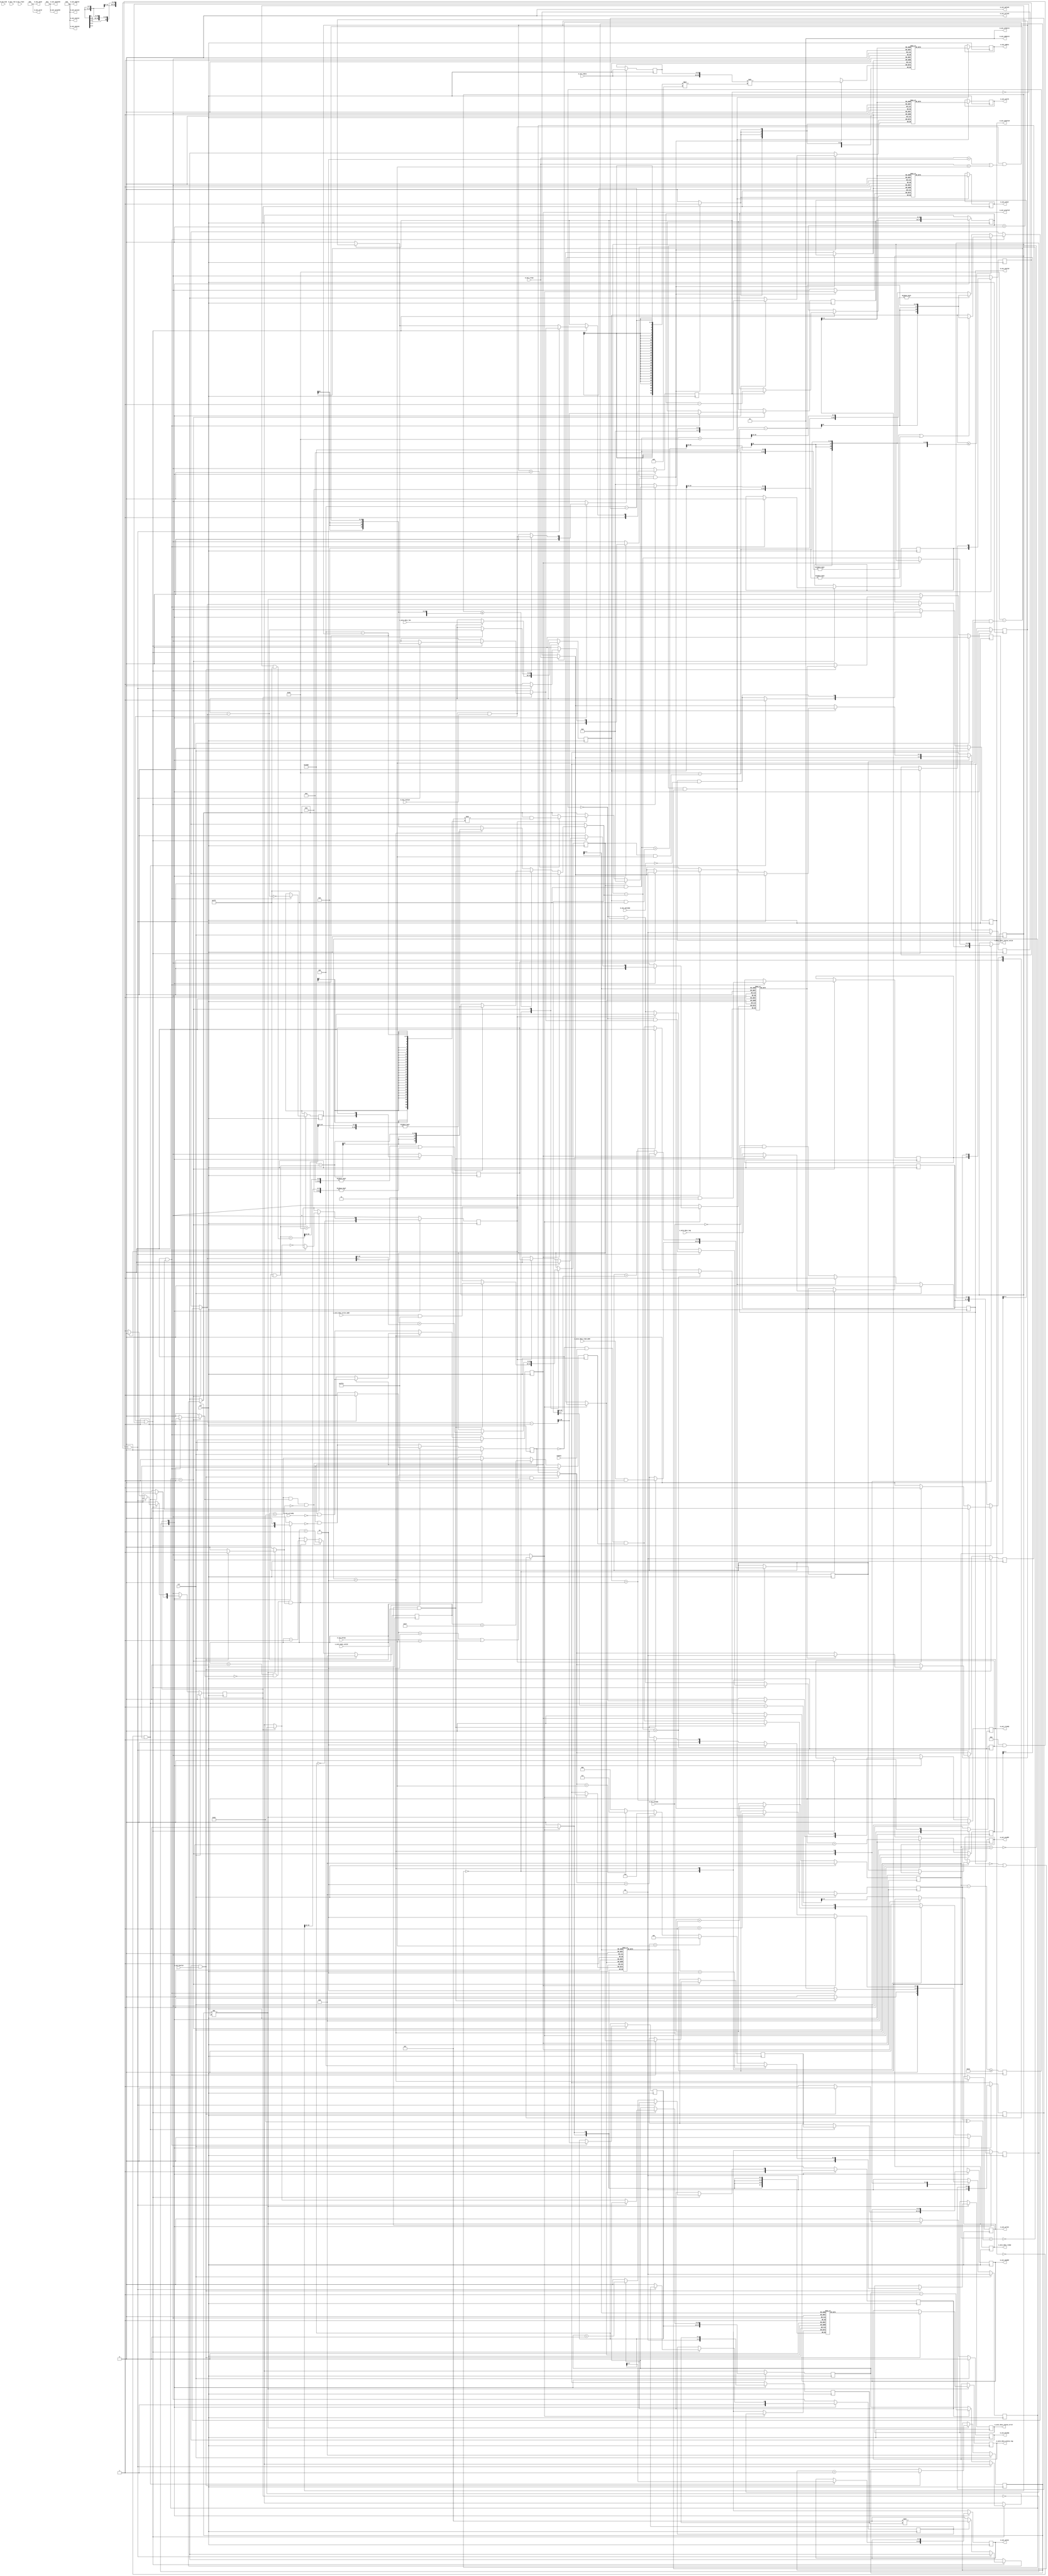
/*

Copyright (c) 2018 Alex Forencich

Permission is hereby granted, free of charge, to any person obtaining a copy
of this software and associated documentation files (the "Software"), to deal
in the Software without restriction, including without limitation the rights
to use, copy, modify, merge, publish, distribute, sublicense, and/or sell
copies of the Software, and to permit persons to whom the Software is
furnished to do so, subject to the following conditions:

The above copyright notice and this permission notice shall be included in
all copies or substantial portions of the Software.

THE SOFTWARE IS PROVIDED "AS IS", WITHOUT WARRANTY OF ANY KIND, EXPRESS OR
IMPLIED, INCLUDING BUT NOT LIMITED TO THE WARRANTIES OF MERCHANTABILITY
FITNESS FOR A PARTICULAR PURPOSE AND NONINFRINGEMENT. IN NO EVENT SHALL THE
AUTHORS OR COPYRIGHT HOLDERS BE LIABLE FOR ANY CLAIM, DAMAGES OR OTHER
LIABILITY, WHETHER IN AN ACTION OF CONTRACT, TORT OR OTHERWISE, ARISING FROM,
OUT OF OR IN CONNECTION WITH THE SOFTWARE OR THE USE OR OTHER DEALINGS IN
THE SOFTWARE.

*/

// Language: Verilog 2001

`resetall
`timescale 1ns / 1ps
`default_nettype none

/*
 * AXI4 Central DMA
 */
module axi_cdma #
(
    parameter IP_TYPE 		= "CDMA1",
	parameter IP_VERSION 	= 32'h1, 
	parameter IP_ID 		= 32'h2591446,
    
    // Width of data bus in bits
    parameter AXI_DATA_WIDTH = 32,
    // Width of address bus in bits
    parameter AXI_ADDR_WIDTH = 16,
    // Width of wstrb (width of data bus in words)
    parameter AXI_STRB_WIDTH = (AXI_DATA_WIDTH/8),
    // Width of AXI ID signal
    parameter AXI_ID_WIDTH = 8,
    // Maximum AXI burst length to generate
    parameter AXI_MAX_BURST_LEN = 16,
    // Width of length field
    parameter LEN_WIDTH = 20,
    // Width of tag field
    parameter TAG_WIDTH = 8,
    // Enable support for unaligned transfers
    parameter ENABLE_UNALIGNED = 0
)
(
    input  wire                       clk,
    input  wire                       rst,

    /*
     * AXI descriptor input
     */
    input  wire [AXI_ADDR_WIDTH-1:0]  s_axis_desc_read_addr,
    input  wire [AXI_ADDR_WIDTH-1:0]  s_axis_desc_write_addr,
    input  wire [LEN_WIDTH-1:0]       s_axis_desc_len,
    input  wire [TAG_WIDTH-1:0]       s_axis_desc_tag,
    input  wire                       s_axis_desc_valid,
    output wire                       s_axis_desc_ready,

    /*
     * AXI descriptor status output
     */
    output wire [TAG_WIDTH-1:0]       m_axis_desc_status_tag,
    output wire [3:0]                 m_axis_desc_status_error,
    output wire                       m_axis_desc_status_valid,

    /*
     * AXI write master interface
     */
    output wire [AXI_ID_WIDTH-1:0]    m_axi_awid,
    output wire [AXI_ADDR_WIDTH-1:0]  m_axi_awaddr,
    output wire [7:0]                 m_axi_awlen,
    output wire [2:0]                 m_axi_awsize,
    output wire [1:0]                 m_axi_awburst,
    output wire                       m_axi_awlock,
    output wire [3:0]                 m_axi_awcache,
    output wire [2:0]                 m_axi_awprot,
    output wire                       m_axi_awvalid,
    input  wire                       m_axi_awready,
    output wire [AXI_DATA_WIDTH-1:0]  m_axi_wdata,
    output wire [AXI_STRB_WIDTH-1:0]  m_axi_wstrb,
    output wire                       m_axi_wlast,
    output wire                       m_axi_wvalid,
    input  wire                       m_axi_wready,
    input  wire [AXI_ID_WIDTH-1:0]    m_axi_bid,
    input  wire [1:0]                 m_axi_bresp,
    input  wire                       m_axi_bvalid,
    output wire                       m_axi_bready,

    /*
     * AXI read master interface
     */
    output wire [AXI_ID_WIDTH-1:0]    m_axi_arid,
    output wire [AXI_ADDR_WIDTH-1:0]  m_axi_araddr,
    output wire [7:0]                 m_axi_arlen,
    output wire [2:0]                 m_axi_arsize,
    output wire [1:0]                 m_axi_arburst,
    output wire                       m_axi_arlock,
    output wire [3:0]                 m_axi_arcache,
    output wire [2:0]                 m_axi_arprot,
    output wire                       m_axi_arvalid,
    input  wire                       m_axi_arready,
    input  wire [AXI_ID_WIDTH-1:0]    m_axi_rid,
    input  wire [AXI_DATA_WIDTH-1:0]  m_axi_rdata,
    input  wire [1:0]                 m_axi_rresp,
    input  wire                       m_axi_rlast,
    input  wire                       m_axi_rvalid,
    output wire                       m_axi_rready,

    /*
     * Configuration
     */
    input  wire                       enable
);

parameter AXI_WORD_WIDTH = AXI_STRB_WIDTH;
parameter AXI_WORD_SIZE = AXI_DATA_WIDTH/AXI_WORD_WIDTH;
parameter AXI_BURST_SIZE = $clog2(AXI_STRB_WIDTH);
parameter AXI_MAX_BURST_SIZE = AXI_MAX_BURST_LEN << AXI_BURST_SIZE;

parameter OFFSET_WIDTH = AXI_STRB_WIDTH > 1 ? $clog2(AXI_STRB_WIDTH) : 1;
parameter OFFSET_MASK = AXI_STRB_WIDTH > 1 ? {OFFSET_WIDTH{1'b1}} : 0;
parameter ADDR_MASK = {AXI_ADDR_WIDTH{1'b1}} << $clog2(AXI_STRB_WIDTH);
parameter CYCLE_COUNT_WIDTH = LEN_WIDTH - AXI_BURST_SIZE + 1;

parameter STATUS_FIFO_ADDR_WIDTH = 5;
parameter OUTPUT_FIFO_ADDR_WIDTH = 5;

// bus width assertions
initial begin
    if (AXI_WORD_SIZE * AXI_STRB_WIDTH != AXI_DATA_WIDTH) begin
        $error("Error: AXI data width not evenly divisble (instance %m)");
        $finish;
    end

    if (2**$clog2(AXI_WORD_WIDTH) != AXI_WORD_WIDTH) begin
        $error("Error: AXI word width must be even power of two (instance %m)");
        $finish;
    end

    if (AXI_MAX_BURST_LEN < 1 || AXI_MAX_BURST_LEN > 256) begin
        $error("Error: AXI_MAX_BURST_LEN must be between 1 and 256 (instance %m)");
        $finish;
    end
end

localparam [1:0]
    AXI_RESP_OKAY = 2'b00,
    AXI_RESP_EXOKAY = 2'b01,
    AXI_RESP_SLVERR = 2'b10,
    AXI_RESP_DECERR = 2'b11;

localparam [3:0]
    DMA_ERROR_NONE = 4'd0,
    DMA_ERROR_TIMEOUT = 4'd1,
    DMA_ERROR_PARITY = 4'd2,
    DMA_ERROR_AXI_RD_SLVERR = 4'd4,
    DMA_ERROR_AXI_RD_DECERR = 4'd5,
    DMA_ERROR_AXI_WR_SLVERR = 4'd6,
    DMA_ERROR_AXI_WR_DECERR = 4'd7,
    DMA_ERROR_PCIE_FLR = 4'd8,
    DMA_ERROR_PCIE_CPL_POISONED = 4'd9,
    DMA_ERROR_PCIE_CPL_STATUS_UR = 4'd10,
    DMA_ERROR_PCIE_CPL_STATUS_CA = 4'd11;

localparam [1:0]
    READ_STATE_IDLE = 2'd0,
    READ_STATE_START = 2'd1,
    READ_STATE_REQ = 2'd2;

reg [1:0] read_state_reg = READ_STATE_IDLE, read_state_next;

localparam [0:0]
    AXI_STATE_IDLE = 1'd0,
    AXI_STATE_WRITE = 1'd1;

reg [0:0] axi_state_reg = AXI_STATE_IDLE, axi_state_next;

// datapath control signals
reg transfer_in_save;
reg axi_cmd_ready;
reg status_fifo_we;

reg [AXI_ADDR_WIDTH-1:0] read_addr_reg = {AXI_ADDR_WIDTH{1'b0}}, read_addr_next;
reg [AXI_ADDR_WIDTH-1:0] write_addr_reg = {AXI_ADDR_WIDTH{1'b0}}, write_addr_next;
reg [LEN_WIDTH-1:0] op_word_count_reg = {LEN_WIDTH{1'b0}}, op_word_count_next;
reg [LEN_WIDTH-1:0] tr_word_count_reg = {LEN_WIDTH{1'b0}}, tr_word_count_next;
reg [LEN_WIDTH-1:0] axi_word_count_reg = {LEN_WIDTH{1'b0}}, axi_word_count_next;

reg [AXI_ADDR_WIDTH-1:0] axi_cmd_addr_reg = {AXI_ADDR_WIDTH{1'b0}}, axi_cmd_addr_next;
reg [OFFSET_WIDTH-1:0] axi_cmd_offset_reg = {OFFSET_WIDTH{1'b0}}, axi_cmd_offset_next;
reg [OFFSET_WIDTH-1:0] axi_cmd_first_cycle_offset_reg = {OFFSET_WIDTH{1'b0}}, axi_cmd_first_cycle_offset_next;
reg [OFFSET_WIDTH-1:0] axi_cmd_last_cycle_offset_reg = {OFFSET_WIDTH{1'b0}}, axi_cmd_last_cycle_offset_next;
reg [CYCLE_COUNT_WIDTH-1:0] axi_cmd_input_cycle_count_reg = {CYCLE_COUNT_WIDTH{1'b0}}, axi_cmd_input_cycle_count_next;
reg [CYCLE_COUNT_WIDTH-1:0] axi_cmd_output_cycle_count_reg = {CYCLE_COUNT_WIDTH{1'b0}}, axi_cmd_output_cycle_count_next;
reg axi_cmd_bubble_cycle_reg = 1'b0, axi_cmd_bubble_cycle_next;
reg axi_cmd_last_transfer_reg = 1'b0, axi_cmd_last_transfer_next;
reg [TAG_WIDTH-1:0] axi_cmd_tag_reg = {TAG_WIDTH{1'b0}}, axi_cmd_tag_next;
reg axi_cmd_valid_reg = 1'b0, axi_cmd_valid_next;

reg [OFFSET_WIDTH-1:0] offset_reg = {OFFSET_WIDTH{1'b0}}, offset_next;
reg [OFFSET_WIDTH-1:0] first_cycle_offset_reg = {OFFSET_WIDTH{1'b0}}, first_cycle_offset_next;
reg [OFFSET_WIDTH-1:0] last_cycle_offset_reg = {OFFSET_WIDTH{1'b0}}, last_cycle_offset_next;
reg [CYCLE_COUNT_WIDTH-1:0] input_cycle_count_reg = {CYCLE_COUNT_WIDTH{1'b0}}, input_cycle_count_next;
reg [CYCLE_COUNT_WIDTH-1:0] output_cycle_count_reg = {CYCLE_COUNT_WIDTH{1'b0}}, output_cycle_count_next;
reg input_active_reg = 1'b0, input_active_next;
reg output_active_reg = 1'b0, output_active_next;
reg bubble_cycle_reg = 1'b0, bubble_cycle_next;
reg first_input_cycle_reg = 1'b0, first_input_cycle_next;
reg first_output_cycle_reg = 1'b0, first_output_cycle_next;
reg output_last_cycle_reg = 1'b0, output_last_cycle_next;
reg last_transfer_reg = 1'b0, last_transfer_next;
reg [1:0] rresp_reg = AXI_RESP_OKAY, rresp_next;
reg [1:0] bresp_reg = AXI_RESP_OKAY, bresp_next;

reg [TAG_WIDTH-1:0] tag_reg = {TAG_WIDTH{1'b0}}, tag_next;

reg [STATUS_FIFO_ADDR_WIDTH+1-1:0] status_fifo_wr_ptr_reg = 0;
reg [STATUS_FIFO_ADDR_WIDTH+1-1:0] status_fifo_rd_ptr_reg = 0, status_fifo_rd_ptr_next;
reg [TAG_WIDTH-1:0] status_fifo_tag[(2**STATUS_FIFO_ADDR_WIDTH)-1:0];
reg [1:0] status_fifo_resp[(2**STATUS_FIFO_ADDR_WIDTH)-1:0];
reg status_fifo_last[(2**STATUS_FIFO_ADDR_WIDTH)-1:0];
reg [TAG_WIDTH-1:0] status_fifo_wr_tag;
reg [1:0] status_fifo_wr_resp;
reg status_fifo_wr_last;

reg [STATUS_FIFO_ADDR_WIDTH+1-1:0] active_count_reg = 0;
reg active_count_av_reg = 1'b1;
reg inc_active;
reg dec_active;

reg s_axis_desc_ready_reg = 1'b0, s_axis_desc_ready_next;

reg [TAG_WIDTH-1:0] m_axis_desc_status_tag_reg = {TAG_WIDTH{1'b0}}, m_axis_desc_status_tag_next;
reg [3:0] m_axis_desc_status_error_reg = 4'd0, m_axis_desc_status_error_next;
reg m_axis_desc_status_valid_reg = 1'b0, m_axis_desc_status_valid_next;

reg [AXI_ADDR_WIDTH-1:0] m_axi_araddr_reg = {AXI_ADDR_WIDTH{1'b0}}, m_axi_araddr_next;
reg [7:0] m_axi_arlen_reg = 8'd0, m_axi_arlen_next;
reg m_axi_arvalid_reg = 1'b0, m_axi_arvalid_next;
reg m_axi_rready_reg = 1'b0, m_axi_rready_next;

reg [AXI_ADDR_WIDTH-1:0] m_axi_awaddr_reg = {AXI_ADDR_WIDTH{1'b0}}, m_axi_awaddr_next;
reg [7:0] m_axi_awlen_reg = 8'd0, m_axi_awlen_next;
reg m_axi_awvalid_reg = 1'b0, m_axi_awvalid_next;
reg m_axi_bready_reg = 1'b0, m_axi_bready_next;

reg [AXI_DATA_WIDTH-1:0] save_axi_rdata_reg = {AXI_DATA_WIDTH{1'b0}};

wire [AXI_DATA_WIDTH-1:0] shift_axi_rdata = {m_axi_rdata, save_axi_rdata_reg} >> ((AXI_STRB_WIDTH-offset_reg)*AXI_WORD_SIZE);

// internal datapath
reg  [AXI_DATA_WIDTH-1:0] m_axi_wdata_int;
reg  [AXI_STRB_WIDTH-1:0] m_axi_wstrb_int;
reg                       m_axi_wlast_int;
reg                       m_axi_wvalid_int;
wire                      m_axi_wready_int;

assign s_axis_desc_ready = s_axis_desc_ready_reg;

assign m_axis_desc_status_tag = m_axis_desc_status_tag_reg;
assign m_axis_desc_status_error = m_axis_desc_status_error_reg;
assign m_axis_desc_status_valid = m_axis_desc_status_valid_reg;

assign m_axi_arid = {AXI_ID_WIDTH{1'b0}};
assign m_axi_araddr = m_axi_araddr_reg;
assign m_axi_arlen = m_axi_arlen_reg;
assign m_axi_arsize = AXI_BURST_SIZE;
assign m_axi_arburst = 2'b01;
assign m_axi_arlock = 1'b0;
assign m_axi_arcache = 4'b0011;
assign m_axi_arprot = 3'b010;
assign m_axi_arvalid = m_axi_arvalid_reg;
assign m_axi_rready = m_axi_rready_reg;

assign m_axi_awid = {AXI_ID_WIDTH{1'b0}};
assign m_axi_awaddr = m_axi_awaddr_reg;
assign m_axi_awlen = m_axi_awlen_reg;
assign m_axi_awsize = AXI_BURST_SIZE;
assign m_axi_awburst = 2'b01;
assign m_axi_awlock = 1'b0;
assign m_axi_awcache = 4'b0011;
assign m_axi_awprot = 3'b010;
assign m_axi_awvalid = m_axi_awvalid_reg;
assign m_axi_bready = m_axi_bready_reg;

always @* begin
    read_state_next = READ_STATE_IDLE;

    s_axis_desc_ready_next = 1'b0;

    m_axi_araddr_next = m_axi_araddr_reg;
    m_axi_arlen_next = m_axi_arlen_reg;
    m_axi_arvalid_next = m_axi_arvalid_reg && !m_axi_arready;

    read_addr_next = read_addr_reg;
    write_addr_next = write_addr_reg;
    op_word_count_next = op_word_count_reg;
    tr_word_count_next = tr_word_count_reg;
    axi_word_count_next = axi_word_count_reg;

    axi_cmd_addr_next = axi_cmd_addr_reg;
    axi_cmd_offset_next = axi_cmd_offset_reg;
    axi_cmd_first_cycle_offset_next = axi_cmd_first_cycle_offset_reg;
    axi_cmd_last_cycle_offset_next = axi_cmd_last_cycle_offset_reg;
    axi_cmd_input_cycle_count_next = axi_cmd_input_cycle_count_reg;
    axi_cmd_output_cycle_count_next = axi_cmd_output_cycle_count_reg;
    axi_cmd_bubble_cycle_next = axi_cmd_bubble_cycle_reg;
    axi_cmd_last_transfer_next = axi_cmd_last_transfer_reg;
    axi_cmd_tag_next = axi_cmd_tag_reg;
    axi_cmd_valid_next = axi_cmd_valid_reg && !axi_cmd_ready;

    inc_active = 1'b0;

    case (read_state_reg)
        READ_STATE_IDLE: begin
            // idle state - load new descriptor to start operation
            s_axis_desc_ready_next = !axi_cmd_valid_reg && enable && active_count_av_reg;

            if (s_axis_desc_ready && s_axis_desc_valid) begin
                if (ENABLE_UNALIGNED) begin
                    read_addr_next = s_axis_desc_read_addr;
                    write_addr_next = s_axis_desc_write_addr;
                end else begin
                    read_addr_next = s_axis_desc_read_addr & ADDR_MASK;
                    write_addr_next = s_axis_desc_write_addr & ADDR_MASK;
                end
                axi_cmd_tag_next = s_axis_desc_tag;
                op_word_count_next = s_axis_desc_len;

                s_axis_desc_ready_next = 1'b0;
                read_state_next = READ_STATE_START;
            end else begin
                read_state_next = READ_STATE_IDLE;
            end
        end
        READ_STATE_START: begin
            // start state - compute write length
            if (!axi_cmd_valid_reg && active_count_av_reg) begin
                if (op_word_count_reg <= AXI_MAX_BURST_SIZE - (write_addr_reg & OFFSET_MASK)) begin
                    // packet smaller than max burst size
                    if (((write_addr_reg & 12'hfff) + (op_word_count_reg & 12'hfff)) >> 12 != 0 || op_word_count_reg >> 12 != 0) begin
                        // crosses 4k boundary
                        axi_word_count_next = 13'h1000 - (write_addr_reg & 12'hfff);
                    end else begin
                        // does not cross 4k boundary
                        axi_word_count_next = op_word_count_reg;
                    end
                end else begin
                    // packet larger than max burst size
                    if (((write_addr_reg & 12'hfff) + AXI_MAX_BURST_SIZE) >> 12 != 0) begin
                        // crosses 4k boundary
                        axi_word_count_next = 13'h1000 - (write_addr_reg & 12'hfff);
                    end else begin
                        // does not cross 4k boundary
                        axi_word_count_next = AXI_MAX_BURST_SIZE - (write_addr_reg & OFFSET_MASK);
                    end
                end

                write_addr_next = write_addr_reg + axi_word_count_next;
                op_word_count_next = op_word_count_reg - axi_word_count_next;

                axi_cmd_addr_next = write_addr_reg;
                if (ENABLE_UNALIGNED) begin
                    axi_cmd_input_cycle_count_next = (axi_word_count_next + (read_addr_reg & OFFSET_MASK) - 1) >> AXI_BURST_SIZE;
                    axi_cmd_output_cycle_count_next = (axi_word_count_next + (write_addr_reg & OFFSET_MASK) - 1) >> AXI_BURST_SIZE;
                    axi_cmd_offset_next = (write_addr_reg & OFFSET_MASK) - (read_addr_reg & OFFSET_MASK);
                    axi_cmd_bubble_cycle_next = (read_addr_reg & OFFSET_MASK) > (write_addr_reg & OFFSET_MASK);
                    axi_cmd_first_cycle_offset_next = write_addr_reg & OFFSET_MASK;
                    axi_cmd_last_cycle_offset_next = axi_cmd_first_cycle_offset_next + axi_word_count_next & OFFSET_MASK;
                end else begin
                    axi_cmd_input_cycle_count_next = (axi_word_count_next - 1) >> AXI_BURST_SIZE;
                    axi_cmd_output_cycle_count_next = (axi_word_count_next - 1) >> AXI_BURST_SIZE;
                    axi_cmd_offset_next = 0;
                    axi_cmd_bubble_cycle_next = 0;
                    axi_cmd_first_cycle_offset_next = 0;
                    axi_cmd_last_cycle_offset_next = axi_word_count_next & OFFSET_MASK;
                end
                axi_cmd_last_transfer_next = op_word_count_next == 0;
                axi_cmd_valid_next = 1'b1;

                inc_active = 1'b1;

                read_state_next = READ_STATE_REQ;
            end else begin
                read_state_next = READ_STATE_START;
            end
        end
        READ_STATE_REQ: begin
            // request state - issue AXI read requests
            if (!m_axi_arvalid) begin
                if (axi_word_count_reg <= AXI_MAX_BURST_SIZE - (read_addr_reg & OFFSET_MASK)) begin
                    // packet smaller than max burst size
                    if (((read_addr_reg & 12'hfff) + (axi_word_count_reg & 12'hfff)) >> 12 != 0 || axi_word_count_reg >> 12 != 0) begin
                        // crosses 4k boundary
                        tr_word_count_next = 13'h1000 - (read_addr_reg & 12'hfff);
                    end else begin
                        // does not cross 4k boundary
                        tr_word_count_next = axi_word_count_reg;
                    end
                end else begin
                    // packet larger than max burst size
                    if (((read_addr_reg & 12'hfff) + AXI_MAX_BURST_SIZE) >> 12 != 0) begin
                        // crosses 4k boundary
                        tr_word_count_next = 13'h1000 - (read_addr_reg & 12'hfff);
                    end else begin
                        // does not cross 4k boundary
                        tr_word_count_next = AXI_MAX_BURST_SIZE - (read_addr_reg & OFFSET_MASK);
                    end
                end

                m_axi_araddr_next = read_addr_reg;
                if (ENABLE_UNALIGNED) begin
                    m_axi_arlen_next = (tr_word_count_next + (read_addr_reg & OFFSET_MASK) - 1) >> AXI_BURST_SIZE;
                end else begin
                    m_axi_arlen_next = (tr_word_count_next - 1) >> AXI_BURST_SIZE;
                end
                m_axi_arvalid_next = 1'b1;

                read_addr_next = read_addr_reg + tr_word_count_next;
                axi_word_count_next = axi_word_count_reg - tr_word_count_next;

                if (axi_word_count_next > 0) begin
                    read_state_next = READ_STATE_REQ;
                end else if (op_word_count_next > 0) begin
                    read_state_next = READ_STATE_START;
                end else begin
                    s_axis_desc_ready_next = !axi_cmd_valid_reg && enable && active_count_av_reg;
                    read_state_next = READ_STATE_IDLE;
                end
            end else begin
                read_state_next = READ_STATE_REQ;
            end
        end
    endcase
end

always @* begin
    axi_state_next = AXI_STATE_IDLE;

    m_axis_desc_status_tag_next = m_axis_desc_status_tag_reg;
    m_axis_desc_status_error_next = m_axis_desc_status_error_reg;
    m_axis_desc_status_valid_next = 1'b0;

    m_axi_awaddr_next = m_axi_awaddr_reg;
    m_axi_awlen_next = m_axi_awlen_reg;
    m_axi_awvalid_next = m_axi_awvalid_reg && !m_axi_awready;
    m_axi_wdata_int = shift_axi_rdata;
    m_axi_wstrb_int = {AXI_STRB_WIDTH{1'b0}};
    m_axi_wlast_int = 1'b0;
    m_axi_wvalid_int = 1'b0;
    m_axi_bready_next = 1'b0;

    m_axi_rready_next = 1'b0;

    transfer_in_save = 1'b0;
    axi_cmd_ready = 1'b0;
    status_fifo_we = 1'b0;

    offset_next = offset_reg;
    first_cycle_offset_next = first_cycle_offset_reg;
    last_cycle_offset_next = last_cycle_offset_reg;
    input_cycle_count_next = input_cycle_count_reg;
    output_cycle_count_next = output_cycle_count_reg;
    input_active_next = input_active_reg;
    output_active_next = output_active_reg;
    bubble_cycle_next = bubble_cycle_reg;
    first_input_cycle_next = first_input_cycle_reg;
    first_output_cycle_next = first_output_cycle_reg;
    output_last_cycle_next = output_last_cycle_reg;
    last_transfer_next = last_transfer_reg;

    tag_next = tag_reg;

    status_fifo_rd_ptr_next = status_fifo_rd_ptr_reg;

    dec_active = 1'b0;

    if (m_axi_rready && m_axi_rvalid && (m_axi_rresp == AXI_RESP_SLVERR || m_axi_rresp == AXI_RESP_DECERR)) begin
        rresp_next = m_axi_rresp;
    end else begin
        rresp_next = rresp_reg;
    end

    if (m_axi_bready && m_axi_bvalid && (m_axi_bresp == AXI_RESP_SLVERR || m_axi_bresp == AXI_RESP_DECERR)) begin
        bresp_next = m_axi_bresp;
    end else begin
        bresp_next = bresp_reg;
    end

    status_fifo_wr_tag = tag_reg;
    status_fifo_wr_resp = rresp_next;
    status_fifo_wr_last = 1'b0;

    case (axi_state_reg)
        AXI_STATE_IDLE: begin
            // idle state - load new descriptor to start operation
            m_axi_rready_next = 1'b0;

            // store transfer parameters
            if (ENABLE_UNALIGNED) begin
                offset_next = axi_cmd_offset_reg;
                first_cycle_offset_next = axi_cmd_first_cycle_offset_reg;
            end else begin
                offset_next = 0;
                first_cycle_offset_next = 0;
            end
            last_cycle_offset_next = axi_cmd_last_cycle_offset_reg;
            input_cycle_count_next = axi_cmd_input_cycle_count_reg;
            output_cycle_count_next = axi_cmd_output_cycle_count_reg;
            bubble_cycle_next = axi_cmd_bubble_cycle_reg;
            last_transfer_next = axi_cmd_last_transfer_reg;
            tag_next = axi_cmd_tag_reg;

            output_last_cycle_next = output_cycle_count_next == 0;
            input_active_next = 1'b1;
            output_active_next = 1'b1;
            first_input_cycle_next = 1'b1;
            first_output_cycle_next = 1'b1;

            if (!m_axi_awvalid && axi_cmd_valid_reg) begin
                axi_cmd_ready = 1'b1;

                m_axi_awaddr_next = axi_cmd_addr_reg;
                m_axi_awlen_next = axi_cmd_output_cycle_count_reg;
                m_axi_awvalid_next = 1'b1;

                m_axi_rready_next = m_axi_wready_int;
                axi_state_next = AXI_STATE_WRITE;
            end
        end
        AXI_STATE_WRITE: begin
            // handle AXI read data
            m_axi_rready_next = m_axi_wready_int && input_active_reg;

            if ((m_axi_rready && m_axi_rvalid) || !input_active_reg) begin
                // transfer in AXI read data
                transfer_in_save = m_axi_rready && m_axi_rvalid;

                if (ENABLE_UNALIGNED && first_input_cycle_reg && bubble_cycle_reg) begin
                    if (input_active_reg) begin
                        input_cycle_count_next = input_cycle_count_reg - 1;
                        input_active_next = input_cycle_count_reg > 0;
                    end
                    bubble_cycle_next = 1'b0;
                    first_input_cycle_next = 1'b0;

                    m_axi_rready_next = m_axi_wready_int && input_active_next;
                    axi_state_next = AXI_STATE_WRITE;
                end else begin
                    // update counters
                    if (input_active_reg) begin
                        input_cycle_count_next = input_cycle_count_reg - 1;
                        input_active_next = input_cycle_count_reg > 0;
                    end
                    if (output_active_reg) begin
                        output_cycle_count_next = output_cycle_count_reg - 1;
                        output_active_next = output_cycle_count_reg > 0;
                    end
                    output_last_cycle_next = output_cycle_count_next == 0;
                    bubble_cycle_next = 1'b0;
                    first_input_cycle_next = 1'b0;
                    first_output_cycle_next = 1'b0;

                    // pass through read data
                    m_axi_wdata_int = shift_axi_rdata;
                    if (first_output_cycle_reg) begin
                        m_axi_wstrb_int = {AXI_STRB_WIDTH{1'b1}} << first_cycle_offset_reg;
                    end else begin
                        m_axi_wstrb_int = {AXI_STRB_WIDTH{1'b1}};
                    end
                    m_axi_wvalid_int = 1'b1;

                    if (output_last_cycle_reg) begin
                        // no more data to transfer, finish operation
                        if (last_cycle_offset_reg > 0) begin
                            m_axi_wstrb_int = m_axi_wstrb_int & {AXI_STRB_WIDTH{1'b1}} >> (AXI_STRB_WIDTH - last_cycle_offset_reg);
                        end
                        m_axi_wlast_int = 1'b1;

                        status_fifo_we = 1'b1;
                        status_fifo_wr_tag = tag_reg;
                        status_fifo_wr_resp = rresp_next;
                        status_fifo_wr_last = last_transfer_reg;

                        if (last_transfer_reg) begin
                            rresp_next = AXI_RESP_OKAY;
                        end

                        m_axi_rready_next = 1'b0;
                        axi_state_next = AXI_STATE_IDLE;
                    end else begin
                        // more cycles in AXI transfer
                        axi_state_next = AXI_STATE_WRITE;
                    end
                end
            end else begin
                axi_state_next = AXI_STATE_WRITE;
            end
        end
    endcase

    if (status_fifo_rd_ptr_reg != status_fifo_wr_ptr_reg) begin
        // status FIFO not empty
        if (m_axi_bready && m_axi_bvalid) begin
            // got write completion, pop and return status
            m_axis_desc_status_tag_next = status_fifo_tag[status_fifo_rd_ptr_reg[STATUS_FIFO_ADDR_WIDTH-1:0]];
            if (status_fifo_resp[status_fifo_rd_ptr_reg[STATUS_FIFO_ADDR_WIDTH-1:0]] == AXI_RESP_SLVERR) begin
                m_axis_desc_status_error_next = DMA_ERROR_AXI_RD_SLVERR;
            end else if (status_fifo_resp[status_fifo_rd_ptr_reg[STATUS_FIFO_ADDR_WIDTH-1:0]] == AXI_RESP_DECERR) begin
                m_axis_desc_status_error_next = DMA_ERROR_AXI_RD_DECERR;
            end else if (bresp_next == AXI_RESP_SLVERR) begin
                m_axis_desc_status_error_next = DMA_ERROR_AXI_WR_SLVERR;
            end else if (bresp_next == AXI_RESP_DECERR) begin
                m_axis_desc_status_error_next = DMA_ERROR_AXI_WR_DECERR;
            end else begin
                m_axis_desc_status_error_next = DMA_ERROR_NONE;
            end
            m_axis_desc_status_valid_next = status_fifo_last[status_fifo_rd_ptr_reg[STATUS_FIFO_ADDR_WIDTH-1:0]];
            status_fifo_rd_ptr_next = status_fifo_rd_ptr_reg + 1;
            m_axi_bready_next = 1'b0;

            if (status_fifo_last[status_fifo_rd_ptr_reg[STATUS_FIFO_ADDR_WIDTH-1:0]]) begin
                bresp_next = AXI_RESP_OKAY;
            end

            dec_active = 1'b1;
        end else begin
            // wait for write completion
            m_axi_bready_next = 1'b1;
        end
    end
end

always @(posedge clk) begin
    read_state_reg <= read_state_next;
    axi_state_reg <= axi_state_next;

    s_axis_desc_ready_reg <= s_axis_desc_ready_next;

    m_axis_desc_status_tag_reg <= m_axis_desc_status_tag_next;
    m_axis_desc_status_error_reg <= m_axis_desc_status_error_next;
    m_axis_desc_status_valid_reg <= m_axis_desc_status_valid_next;

    m_axi_awaddr_reg <= m_axi_awaddr_next;
    m_axi_awlen_reg <= m_axi_awlen_next;
    m_axi_awvalid_reg <= m_axi_awvalid_next;
    m_axi_bready_reg <= m_axi_bready_next;
    m_axi_araddr_reg <= m_axi_araddr_next;
    m_axi_arlen_reg <= m_axi_arlen_next;
    m_axi_arvalid_reg <= m_axi_arvalid_next;
    m_axi_rready_reg <= m_axi_rready_next;

    read_addr_reg <= read_addr_next;
    write_addr_reg <= write_addr_next;
    op_word_count_reg <= op_word_count_next;
    tr_word_count_reg <= tr_word_count_next;
    axi_word_count_reg <= axi_word_count_next;

    axi_cmd_addr_reg <= axi_cmd_addr_next;
    axi_cmd_offset_reg <= axi_cmd_offset_next;
    axi_cmd_first_cycle_offset_reg <= axi_cmd_first_cycle_offset_next;
    axi_cmd_last_cycle_offset_reg <= axi_cmd_last_cycle_offset_next;
    axi_cmd_input_cycle_count_reg <= axi_cmd_input_cycle_count_next;
    axi_cmd_output_cycle_count_reg <= axi_cmd_output_cycle_count_next;
    axi_cmd_bubble_cycle_reg <= axi_cmd_bubble_cycle_next;
    axi_cmd_last_transfer_reg <= axi_cmd_last_transfer_next;
    axi_cmd_tag_reg <= axi_cmd_tag_next;
    axi_cmd_valid_reg <= axi_cmd_valid_next;

    offset_reg <= offset_next;
    first_cycle_offset_reg <= first_cycle_offset_next;
    last_cycle_offset_reg <= last_cycle_offset_next;
    input_cycle_count_reg <= input_cycle_count_next;
    output_cycle_count_reg <= output_cycle_count_next;
    input_active_reg <= input_active_next;
    output_active_reg <= output_active_next;
    bubble_cycle_reg <= bubble_cycle_next;
    first_input_cycle_reg <= first_input_cycle_next;
    first_output_cycle_reg <= first_output_cycle_next;
    output_last_cycle_reg <= output_last_cycle_next;
    last_transfer_reg <= last_transfer_next;
    rresp_reg <= rresp_next;
    bresp_reg <= bresp_next;

    tag_reg <= tag_next;

    if (transfer_in_save) begin
        save_axi_rdata_reg <= m_axi_rdata;
    end

    if (status_fifo_we) begin
        status_fifo_tag[status_fifo_wr_ptr_reg[STATUS_FIFO_ADDR_WIDTH-1:0]] <= status_fifo_wr_tag;
        status_fifo_resp[status_fifo_wr_ptr_reg[STATUS_FIFO_ADDR_WIDTH-1:0]] <= status_fifo_wr_resp;
        status_fifo_last[status_fifo_wr_ptr_reg[STATUS_FIFO_ADDR_WIDTH-1:0]] <= status_fifo_wr_last;
        status_fifo_wr_ptr_reg <= status_fifo_wr_ptr_reg + 1;
    end
    status_fifo_rd_ptr_reg <= status_fifo_rd_ptr_next;

    if (active_count_reg < 2**STATUS_FIFO_ADDR_WIDTH && inc_active && !dec_active) begin
        active_count_reg <= active_count_reg + 1;
        active_count_av_reg <= active_count_reg < (2**STATUS_FIFO_ADDR_WIDTH-1);
    end else if (active_count_reg > 0 && !inc_active && dec_active) begin
        active_count_reg <= active_count_reg - 1;
        active_count_av_reg <= 1'b1;
    end else begin
        active_count_av_reg <= active_count_reg < 2**STATUS_FIFO_ADDR_WIDTH;
    end

    if (rst) begin
        read_state_reg <= READ_STATE_IDLE;
        axi_state_reg <= AXI_STATE_IDLE;

        s_axis_desc_ready_reg <= 1'b0;
        m_axis_desc_status_valid_reg <= 1'b0;

        m_axi_awvalid_reg <= 1'b0;
        m_axi_bready_reg <= 1'b0;
        m_axi_arvalid_reg <= 1'b0;
        m_axi_rready_reg <= 1'b0;

        axi_cmd_valid_reg <= 1'b0;

        rresp_reg <= AXI_RESP_OKAY;
        bresp_reg <= AXI_RESP_OKAY;

        status_fifo_wr_ptr_reg <= 0;
        status_fifo_rd_ptr_reg <= 0;

        active_count_reg <= 0;
        active_count_av_reg <= 1'b1;
    end
end

// output datapath logic
reg [AXI_DATA_WIDTH-1:0] m_axi_wdata_reg  = {AXI_DATA_WIDTH{1'b0}};
reg [AXI_STRB_WIDTH-1:0] m_axi_wstrb_reg  = {AXI_STRB_WIDTH{1'b0}};
reg                      m_axi_wlast_reg  = 1'b0;
reg                      m_axi_wvalid_reg = 1'b0;

reg [OUTPUT_FIFO_ADDR_WIDTH+1-1:0] out_fifo_wr_ptr_reg = 0;
reg [OUTPUT_FIFO_ADDR_WIDTH+1-1:0] out_fifo_rd_ptr_reg = 0;
reg out_fifo_half_full_reg = 1'b0;

wire out_fifo_full = out_fifo_wr_ptr_reg == (out_fifo_rd_ptr_reg ^ {1'b1, {OUTPUT_FIFO_ADDR_WIDTH{1'b0}}});
wire out_fifo_empty = out_fifo_wr_ptr_reg == out_fifo_rd_ptr_reg;

(* ram_style = "block" *)
reg [AXI_DATA_WIDTH-1:0] out_fifo_wdata[2**OUTPUT_FIFO_ADDR_WIDTH-1:0];
(* ram_style = "block" *)
reg [AXI_STRB_WIDTH-1:0] out_fifo_wstrb[2**OUTPUT_FIFO_ADDR_WIDTH-1:0];
(* ram_style = "block" *)
reg                      out_fifo_wlast[2**OUTPUT_FIFO_ADDR_WIDTH-1:0];

assign m_axi_wready_int = !out_fifo_half_full_reg;

assign m_axi_wdata  = m_axi_wdata_reg;
assign m_axi_wstrb  = m_axi_wstrb_reg;
assign m_axi_wvalid = m_axi_wvalid_reg;
assign m_axi_wlast  = m_axi_wlast_reg;

always @(posedge clk) begin
    m_axi_wvalid_reg <= m_axi_wvalid_reg && !m_axi_wready;

    out_fifo_half_full_reg <= $unsigned(out_fifo_wr_ptr_reg - out_fifo_rd_ptr_reg) >= 2**(OUTPUT_FIFO_ADDR_WIDTH-1);

    if (!out_fifo_full && m_axi_wvalid_int) begin
        out_fifo_wdata[out_fifo_wr_ptr_reg[OUTPUT_FIFO_ADDR_WIDTH-1:0]] <= m_axi_wdata_int;
        out_fifo_wstrb[out_fifo_wr_ptr_reg[OUTPUT_FIFO_ADDR_WIDTH-1:0]] <= m_axi_wstrb_int;
        out_fifo_wlast[out_fifo_wr_ptr_reg[OUTPUT_FIFO_ADDR_WIDTH-1:0]] <= m_axi_wlast_int;
        out_fifo_wr_ptr_reg <= out_fifo_wr_ptr_reg + 1;
    end

    if (!out_fifo_empty && (!m_axi_wvalid_reg || m_axi_wready)) begin
        m_axi_wdata_reg <= out_fifo_wdata[out_fifo_rd_ptr_reg[OUTPUT_FIFO_ADDR_WIDTH-1:0]];
        m_axi_wstrb_reg <= out_fifo_wstrb[out_fifo_rd_ptr_reg[OUTPUT_FIFO_ADDR_WIDTH-1:0]];
        m_axi_wlast_reg <= out_fifo_wlast[out_fifo_rd_ptr_reg[OUTPUT_FIFO_ADDR_WIDTH-1:0]];
        m_axi_wvalid_reg <= 1'b1;
        out_fifo_rd_ptr_reg <= out_fifo_rd_ptr_reg + 1;
    end

    if (rst) begin
        out_fifo_wr_ptr_reg <= 0;
        out_fifo_rd_ptr_reg <= 0;
        m_axi_wvalid_reg <= 1'b0;
    end
end

endmodule

`resetall